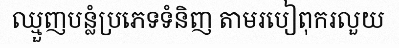
ឈ្មួញបន្លំប្រភេទទំនិញ តាមរបៀពុករលួយ